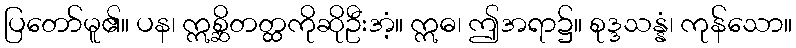
ပြတော်မူ၏။ ပန၊ ဣစ္ဆိတတ္ထကိုဆိုဦးအံ့။ ဣဓ၊ ဤအရာ၌။ စုဒ္ဒသန္နံ၊ ကုန်သော။